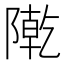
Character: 𨼃